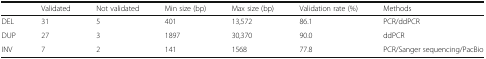
<table><thead><tr><td></td><td><b>Validated</b></td><td><b>Not validated</b></td><td><b>Min size (bp)</b></td><td><b>Max size (bp)</b></td><td><b>Validation rate (%)</b></td><td><b>Methods</b></td></tr></thead><tbody><tr><td>DEL</td><td>31</td><td>5</td><td>401</td><td>13,572</td><td>86.1</td><td>PCR/ddPCR</td></tr><tr><td>DUP</td><td>27</td><td>3</td><td>1897</td><td>30,370</td><td>90.0</td><td>ddPCR</td></tr><tr><td>INV</td><td>7</td><td>2</td><td>141</td><td>1568</td><td>77.8</td><td>PCR/Sanger sequencing/PacBio</td></tr></tbody></table>